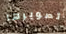
تصويرها